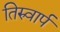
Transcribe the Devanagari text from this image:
तिरुवार्प